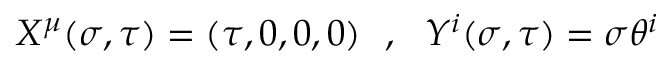
X ^ { \mu } ( \sigma , \tau ) = ( \tau , 0 , 0 , 0 ) ~ ~ , ~ ~ Y ^ { i } ( \sigma , \tau ) = \sigma \theta ^ { i }